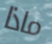
ماذا